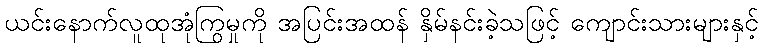
ယင်းနောက်လူထုအုံကြွမှုကို အပြင်းအထန် နှိမ်နင်းခဲ့သဖြင့် ကျောင်းသားများနှင့်